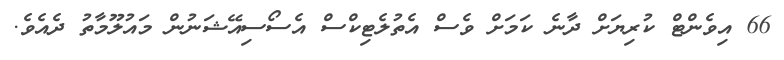
66 އިވެންޓް ކުރިޔަށް ދާނެ ކަމަށް ވެސް އެތުލެޓިކްސް އެސޯސިއޭޝަނުން މައުލޫމާތު ދެއެވެ.